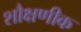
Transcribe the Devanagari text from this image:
शौक्षणीक